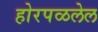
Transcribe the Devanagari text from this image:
होरपळलेल